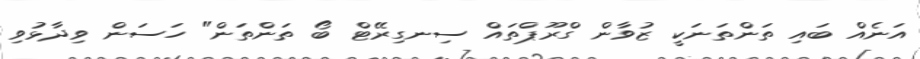
އަނެއް ބައި ތަންތަނަކީ ޒުވާން ގްރޫޕްތައް ސިނގިރޭޓް ބޯ ތަންތަން" ހަސަން ވިދާޅުވި